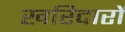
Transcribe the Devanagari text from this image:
खरिदारों